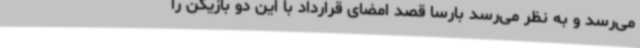
می‌رسد و به نظر می‌رسد بارسا قصد امضای قرارداد با این دو بازیکن را